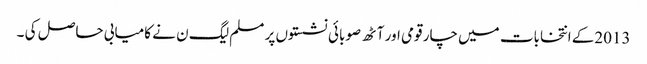
2013کے انتخابات میں چار قومی اور آٹھ صوبائی نشستوں پر مسلم لیگ ن نے کامیابی حاصل کی ۔